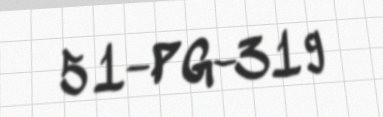
51-PG-319